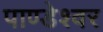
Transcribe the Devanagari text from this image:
पाण्डेश्वर